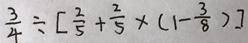
\frac { 3 } { 4 } \div [ \frac { 2 } { 5 } + \frac { 2 } { 5 } \times ( 1 - \frac { 3 } { 8 } ) ]